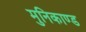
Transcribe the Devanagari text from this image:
मुनिकाण्ड